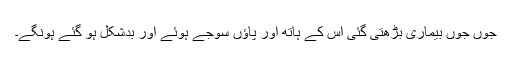
جوں جوں بیماری بڑھتی گئی اُس کے ہاتھ اور پاؤں سوجے ہوئے اور بدشکل ہو گئے ہونگے۔